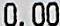
0.00